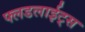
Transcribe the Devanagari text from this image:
फ्लडलाईट्स